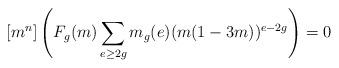
LaTeX: \begin{align*}[m^n] \left( F_g(m) \sum_{e \geq 2g} m_g(e) (m(1-3m))^{e-2g}\right) = 0\end{align*}